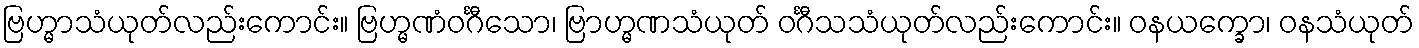
ဗြဟ္မာသံယုတ်လည်းကောင်း။ ဗြဟ္မဏံဝင်္ဂီသော၊ ဗြာဟ္မဏသံယုတ် ဝင်္ဂီသသံယုတ်လည်းကောင်း။ ဝနယက္ခော၊ ဝနသံယုတ်